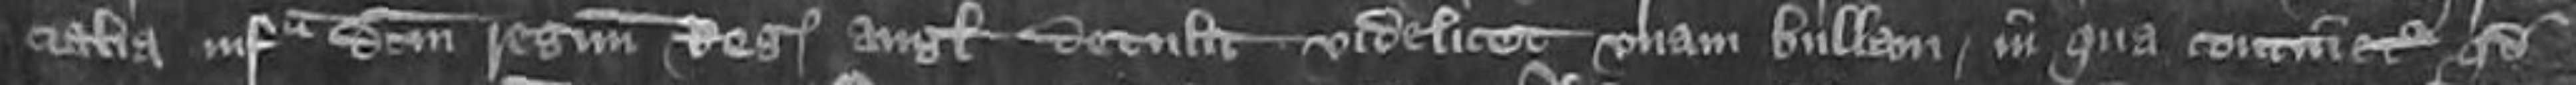
ialia infra domini regnum Regis Anglie detulit videlicet unam bullam in qua continetur quod